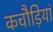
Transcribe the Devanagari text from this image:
कचौड़ियां